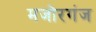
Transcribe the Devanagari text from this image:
मजोरगंज